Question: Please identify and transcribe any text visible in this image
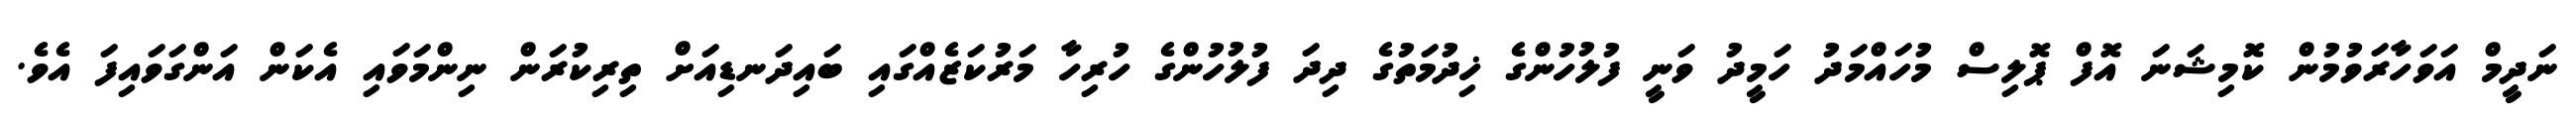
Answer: ނަދީމް އަވަހާރަވުމުން ކޮމިޝަނަ އޮފް ޕޮލިސް މުހައްމަދު ހަމީދު ވަނީ ފުލުހުންގެ ޚިދުމަތުގެ ދިދަ ފުލުހުންގެ ހުރިހާ މަރުކަޒެއްގައި ބައިދަނޑިއަށް ތިރިކުރަން ނިންމަވައި އެކަން އަންގަވައިފަ އެވެ.